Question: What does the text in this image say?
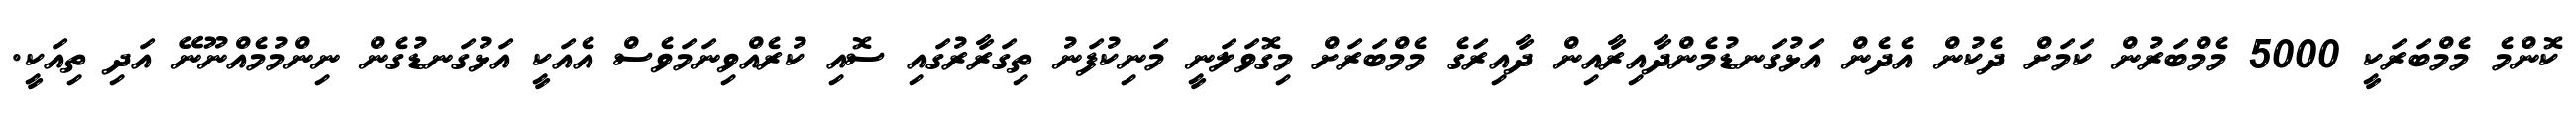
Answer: ކޮންމެ މެމްބަރަކީ 5000 މެމްބަރުން ކަމަށް ދެކުން އެދެން އަޅުގަނޑުމެންދާއިރާއިން ދާއިރަގެ މެމްބަރަށް މިގޮވަލަނީ މަނިކުފަނު ތިގަރާރުގައި ސޮއި ކުރެއްވިނަމަވެސް އެއަކީ އަޅުގަނޑުގެން ނިންމުމެއްނޫނޭ އަދި ތިއަކީ.